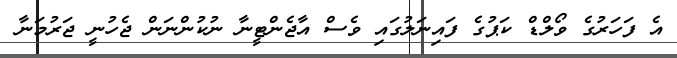
އެ ފަހަރުގެ ވޯލްޑް ކަޕުގެ ފައިނަލުގައި ވެސް އާޖެންޓީނާ ނުކުންނަން ޖެހުނީ ޖަރުމަނާ